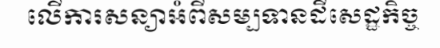
លើការសន្យាអំពីសម្បទានដីសេដ្ឋកិច្ច